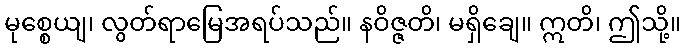
မုစ္စေယျ၊ လွတ်ရာမြေအရပ်သည်။ နဝိဇ္ဇတိ၊ မရှိချေ။ ဣတိ၊ ဤသို့။